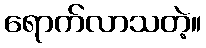
ရောက်လာသတဲ့။